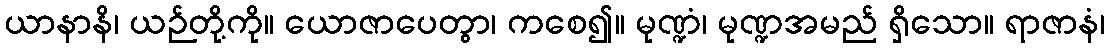
ယာနာနိ၊ ယဉ်တို့ကို။ ယောဇာပေတွာ၊ ကစေ၍။ မုဏ္ဍံ၊ မုဏ္ဍအမည် ရှိသော။ ရာဇာနံ၊